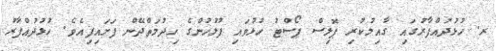
ރ. ހުޅުދުއްފާރުގައި ގާއިމުކުރި ޕޮލިސް ޕޯސްޓު ހުޅުވައި ފުލުހުންގެ ހިދުމަތްދޭން ފަށައިފިއެވެ. ހުޅުދުއްފާރު